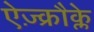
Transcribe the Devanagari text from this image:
ऐज़्क्रौक्ले